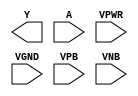
module sky130_fd_sc_lp__clkinv (
    Y   ,
    A   ,
    VPWR,
    VGND,
    VPB ,
    VNB
);

    output Y   ;
    input  A   ;
    input  VPWR;
    input  VGND;
    input  VPB ;
    input  VNB ;
endmodule